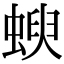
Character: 𧍳